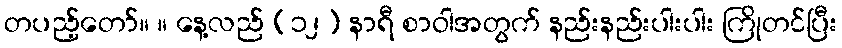
တပည့်တော်။ ။ နေ့လည် (၁၂) နာရီ စာဝါအတွက် နည်းနည်းပါးပါး ကြိုတင်ပြီး